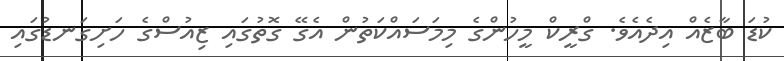
ކުޑަ ބާޒެއް އިދެއެވެ. ގްރީކް މީހުންގެ މިމަސައްކަތުން އެގޭ ގޮތުގައި ޒިއުސްގެ ހަށިގަނޑުގައި